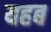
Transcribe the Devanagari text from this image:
यहब